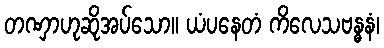
တဏှာဟုဆိုအပ်သော။ ယံပနေတံ ကိလေသဗန္ဓနံ၊